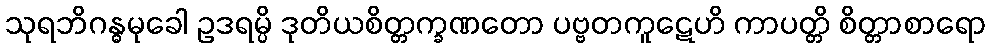
သုရဘိဂန္ဓမုခေါ ဥဒရမ္ပိ ဒုတိယစိတ္တက္ခဏတော ပဗ္ဗတကူဋေဟိ ကာပတ္တိ စိတ္တာစာရော